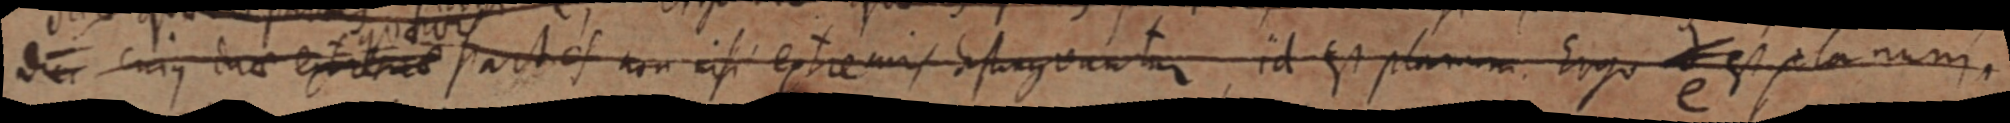
dur cuius duae extrem_ partes non nisi extremis distinguantur, id est planum Ergo est planum.